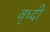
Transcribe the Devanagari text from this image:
वृध्दी